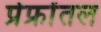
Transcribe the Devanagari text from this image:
प्रेफ्रोंतल